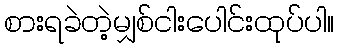
စားရခဲတဲ့မျှစ်ငါးပေါင်းထုပ်ပါ။